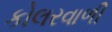
કોલરવાળી